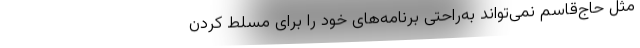
مثل حاج‌قاسم نمی‌تواند به‌راحتی برنامه‌های خود را برای مسلط کردن